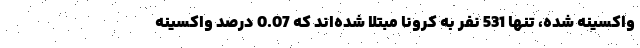
واکسینه شده، تنها 531 نفر به کرونا مبتلا شده‌اند که 0.07 درصد واکسینه